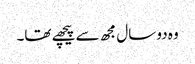
وہ دو سال مجھ سے پیچھے تھا۔